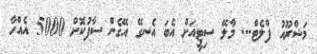
މަޝްރޫއު ފްލެޓް... މާލޭ ސިޓީއަށް އެބަ އެނގޭ އޭގެން ސާފުކޮށް 5000 އެއްހާ